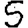
Digit: 5